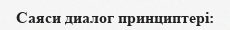
Саяси диалог принциптері: